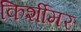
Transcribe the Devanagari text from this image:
किर्शीमर